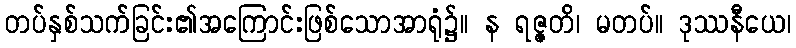
တပ်နှစ်သက်ခြင်း၏အကြောင်းဖြစ်သောအာရုံ၌။ န ရဇ္ဇတိ၊ မတပ်။ ဒုဿနီယေ၊